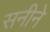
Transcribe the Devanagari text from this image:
सनीने